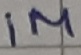
Text: 1M